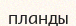
планды